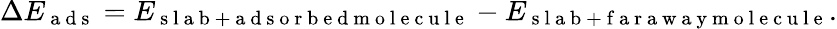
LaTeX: \Delta E_{\mathrm{~a~d~s~}}=E_{\mathrm{~s~l~a~b~+~a~d~s~o~r~b~e~d~m~o~l~e~c~u~l~e~}}-E_{\mathrm{~s~l~a~b~+~f~a~r~a~w~a~y~m~o~l~e~c~u~l~e~}}.